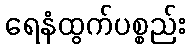
ရေနံထွက်ပစ္စည်း